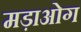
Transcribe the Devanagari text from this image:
मड़ाओग